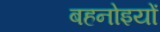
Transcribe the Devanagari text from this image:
बहनोइयों